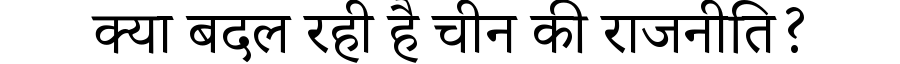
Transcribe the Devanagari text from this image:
क्या बदल रही है चीन की राजनीति?